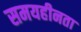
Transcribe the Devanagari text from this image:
समयहीनता